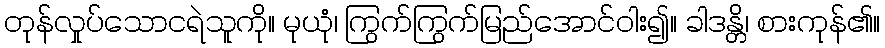
တုန်လှုပ်သောငရဲသူကို။ မုယုံ၊ ကြွက်ကြွက်မြည်အောင်ဝါး၍။ ခါဒန္တိ၊ စားကုန်၏။